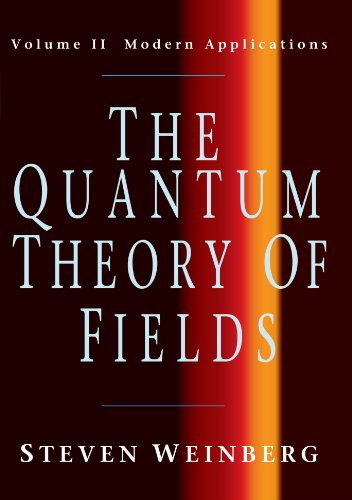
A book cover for The Quantum Theory of Fields, Volume 2: Modern Applications; Steven Weinberg; Science & Math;